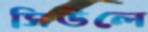
সিউলে